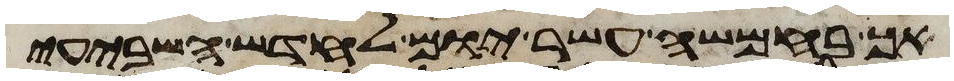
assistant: אך בחמשה עשר יום לחדש השביעי